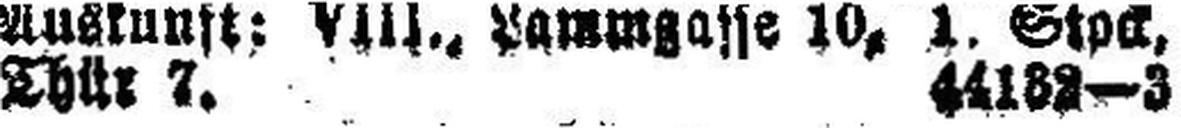
Thür 7. 44182—3